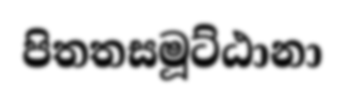
පිතතසමූට්ඨානා